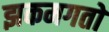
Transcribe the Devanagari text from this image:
झकमगतो